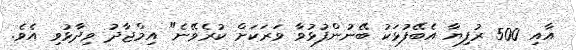
އާއި 500 ރުފިޔާ އެބޭފުޅަކު ބޭނުންފުޅުވާ ވަރަކަށް ކުރެވޭނެ" އިމްޖާދު ވިދާޅުވި އެވެ.